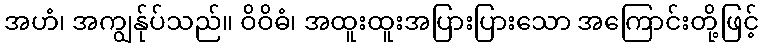
အဟံ၊ အကျွန်ုပ်သည်။ ဝိဝိဓံ၊ အထူးထူးအပြားပြားသော အကြောင်းတို့ဖြင့်